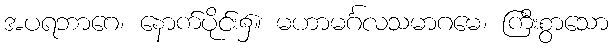
အပရဘာဂေ၊ နောက်ပိုင်း၌။ မဟာမင်္ဂလသမာဂမေ၊ ကြီးစွာသော